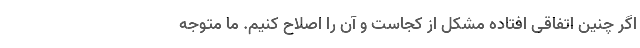
اگر چنین اتفاقی افتاده مشکل از کجاست و آن را اصلاح کنیم. ما متوجه